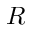
R